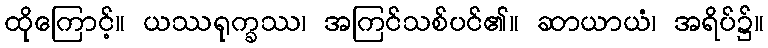
ထိုကြောင့်။ ယဿရုက္ခဿ၊ အကြင်သစ်ပင်၏။ ဆာယာယံ၊ အရိပ်၌။